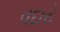
વદારો